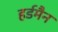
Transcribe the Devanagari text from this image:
हर्डमैन